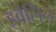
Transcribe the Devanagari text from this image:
इवेलिन